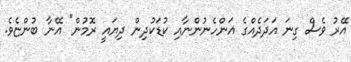
އޭރު ވެސް ގިނަ އަދަދެއްގެ އަންހެނުންނާއި ކުޑަކުދިން ދިޔައީ ރޮމުން" އޭނާ ބުންޏެވެ.